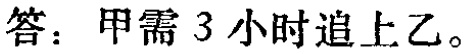
答：甲需 3 小时追上乙。